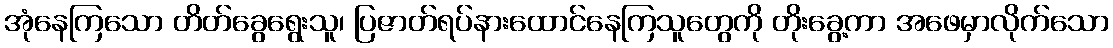
အုံနေကြသော တိတ်ခွေရွေးသူ၊ ပြဇာတ်ရပ်နားထောင်နေကြသူတွေကို တိုးခွေ့ကာ အဖေမှာလိုက်သော